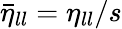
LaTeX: \bar{\eta}_{ll}=\eta_{ll}/s